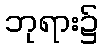
ဘုရား၌